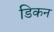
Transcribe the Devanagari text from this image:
डिकन